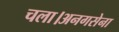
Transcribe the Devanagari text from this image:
चला।अनगसेना